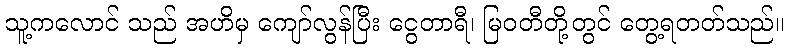
သူ့ကလောင် သည် အဟိမှ ကျော်လွန်ပြီး ငွေတာရီ၊ မြဝတီတို့တွင် တွေ့ရတတ်သည်။